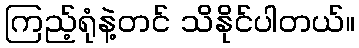
ကြည့်ရုံနဲ့တင် သိနိုင်ပါတယ်။